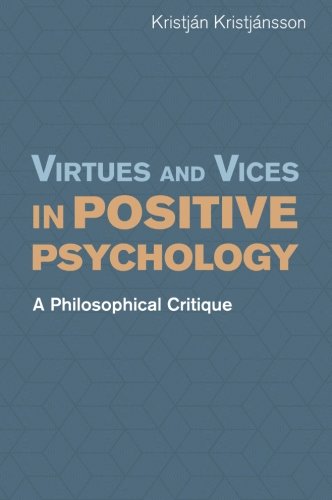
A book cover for Virtues and Vices in Positive Psychology: A Philosophical Critique; KristjÃ¡n KristjÃ¡nsson; Medical Books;